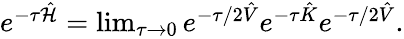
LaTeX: \begin{array}{r}{e^{-\tau\hat{\mathcal{H}}}=\operatorname*{lim}_{\tau\rightarrow 0}e^{-\tau/2\hat{V}}e^{-\tau\hat{K}}e^{-\tau/2\hat{V}}.}\end{array}